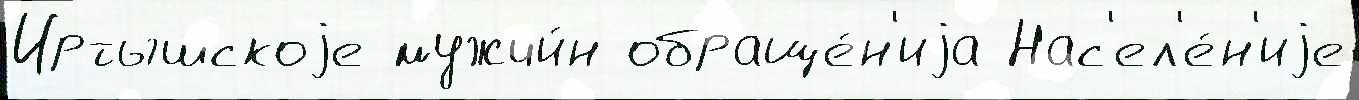
Иртышскоjе мужчи́н обраще́н'иjа Нас'ел'е́н'иjе